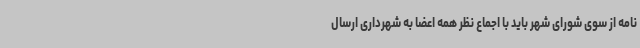
نامه از سوی شورای شهر باید با اجماع نظر همه اعضا به شهرداری ارسال